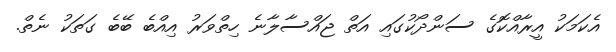
އެކަމަކު އީރާއްކޮގެ ސަންދޯކުގައި އަތް ޖައްސާލާނެ ހިތްވަރު އިއްބެ ބޭބެ ގަތަކު ނެތް.